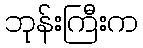
ဘုန်းကြီးက